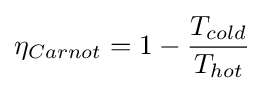
\eta _{Carnot}=1-{\frac {T_{cold}}{T_{hot}}}